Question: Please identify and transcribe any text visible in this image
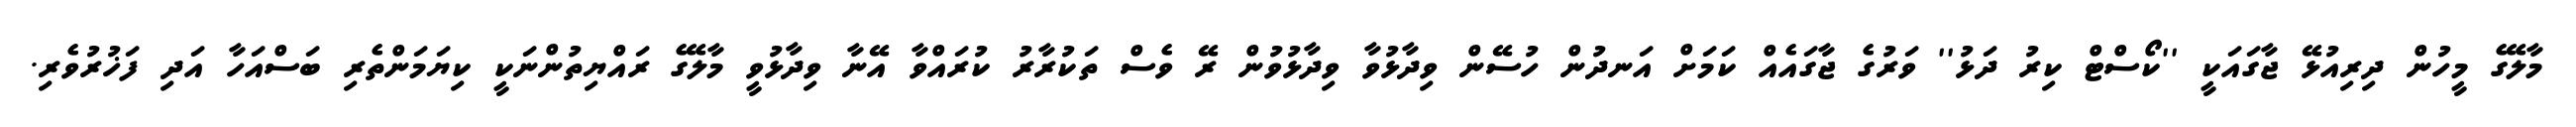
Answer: މާލޭގެ މީހުން ދިރިއުޅޭ ޖާގައަކީ ''ކޯސްޓް ކިރު ދަޅު'' ވަރުގެ ޖާގައެއް ކަމަށް އަނދުން ހުސޭން ވިދާޅުވާ ވިދާޅުވުން ރޭ ވެސް ތަކުރާރު ކުރައްވާ އޭނާ ވިދާޅުވީ މާލޭގެ ރައްޔިތުންނަކީ ކިޔަމަންތެރި ބަސްއަހާ އަދި ފަޚުރުވެރި.